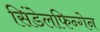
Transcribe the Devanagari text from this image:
सिंडेलफिन्गेन